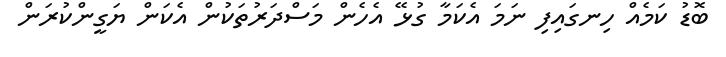
ބޮޑު ކަމެއް ހިނގައިފި ނަމަ އެކަމާ ގުޅޭ އެހެން މަސްދަރުތަކުން އެކަން ޔަގީންކުރަން